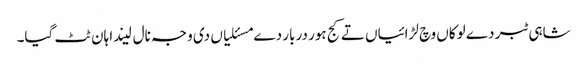
شاہی ٹبر دے لوکاں وچ لڑائیاں تے کج ہور دربار دے مسئلیاں دی وجہ نال لیندا ہان ٹٹ گیا۔